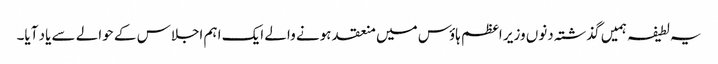
یہ لطیفہ ہمیں گذشتہ دنوں وزیر اعظم ہاؤس میں منعقد ہونے والے ایک اہم اجلاس کے حوالے سے یاد آیا۔